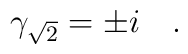
\gamma_{\sqrt{2}} = \pm i \quad .